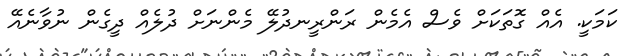
ކަމަކީ. އެއް ގޮތަކަށް ވެސް އެމެން ރަންރީނދުލޭ މެންނަށް ދުލެއް ދީގެން ނުވާނެއޭ